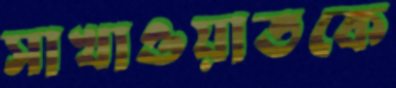
সাখাওয়াতকে